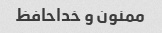
ممنون و خداحافظ